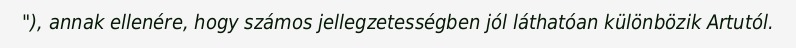
"), annak ellenére, hogy számos jellegzetességben jól láthatóan különbözik Artutól.